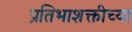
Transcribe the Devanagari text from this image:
प्रतिभाशक्तीच्या